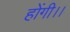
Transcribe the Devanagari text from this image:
होंगी।।